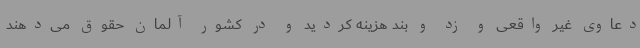
دعاوی غیر واقعی و زد و بند هزینه کردید و در کشور آلمان حقوق می‌دهند